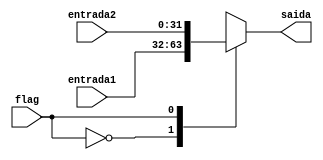
/*Multiplexador da Memria de Dados do Processador*/

module MultiplexadorMD (flag, entrada1, entrada2, saida);
	//Entradas que sero selecionadas
	input [31:0] entrada1, entrada2;
	//Flag para indicar qual entrada ser a saida
	input flag;
	//Sada com a entrada escolhida
	output reg [31:0] saida;
	
	always @ (*) begin
		case (flag)
			//Se eu escolher a entrada 1
			1'b0: saida = entrada1;
			//Se eu escolher a entrada 2
			1'b1: saida = entrada2;
		endcase
	end
endmodule